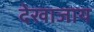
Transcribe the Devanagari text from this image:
देखाजाय